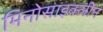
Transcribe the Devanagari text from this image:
मिनोसाइक्लीन